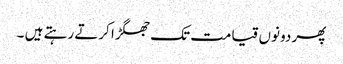
پھر دونوں قیامت تک جھگڑا کرتے رہتے ہیں ۔